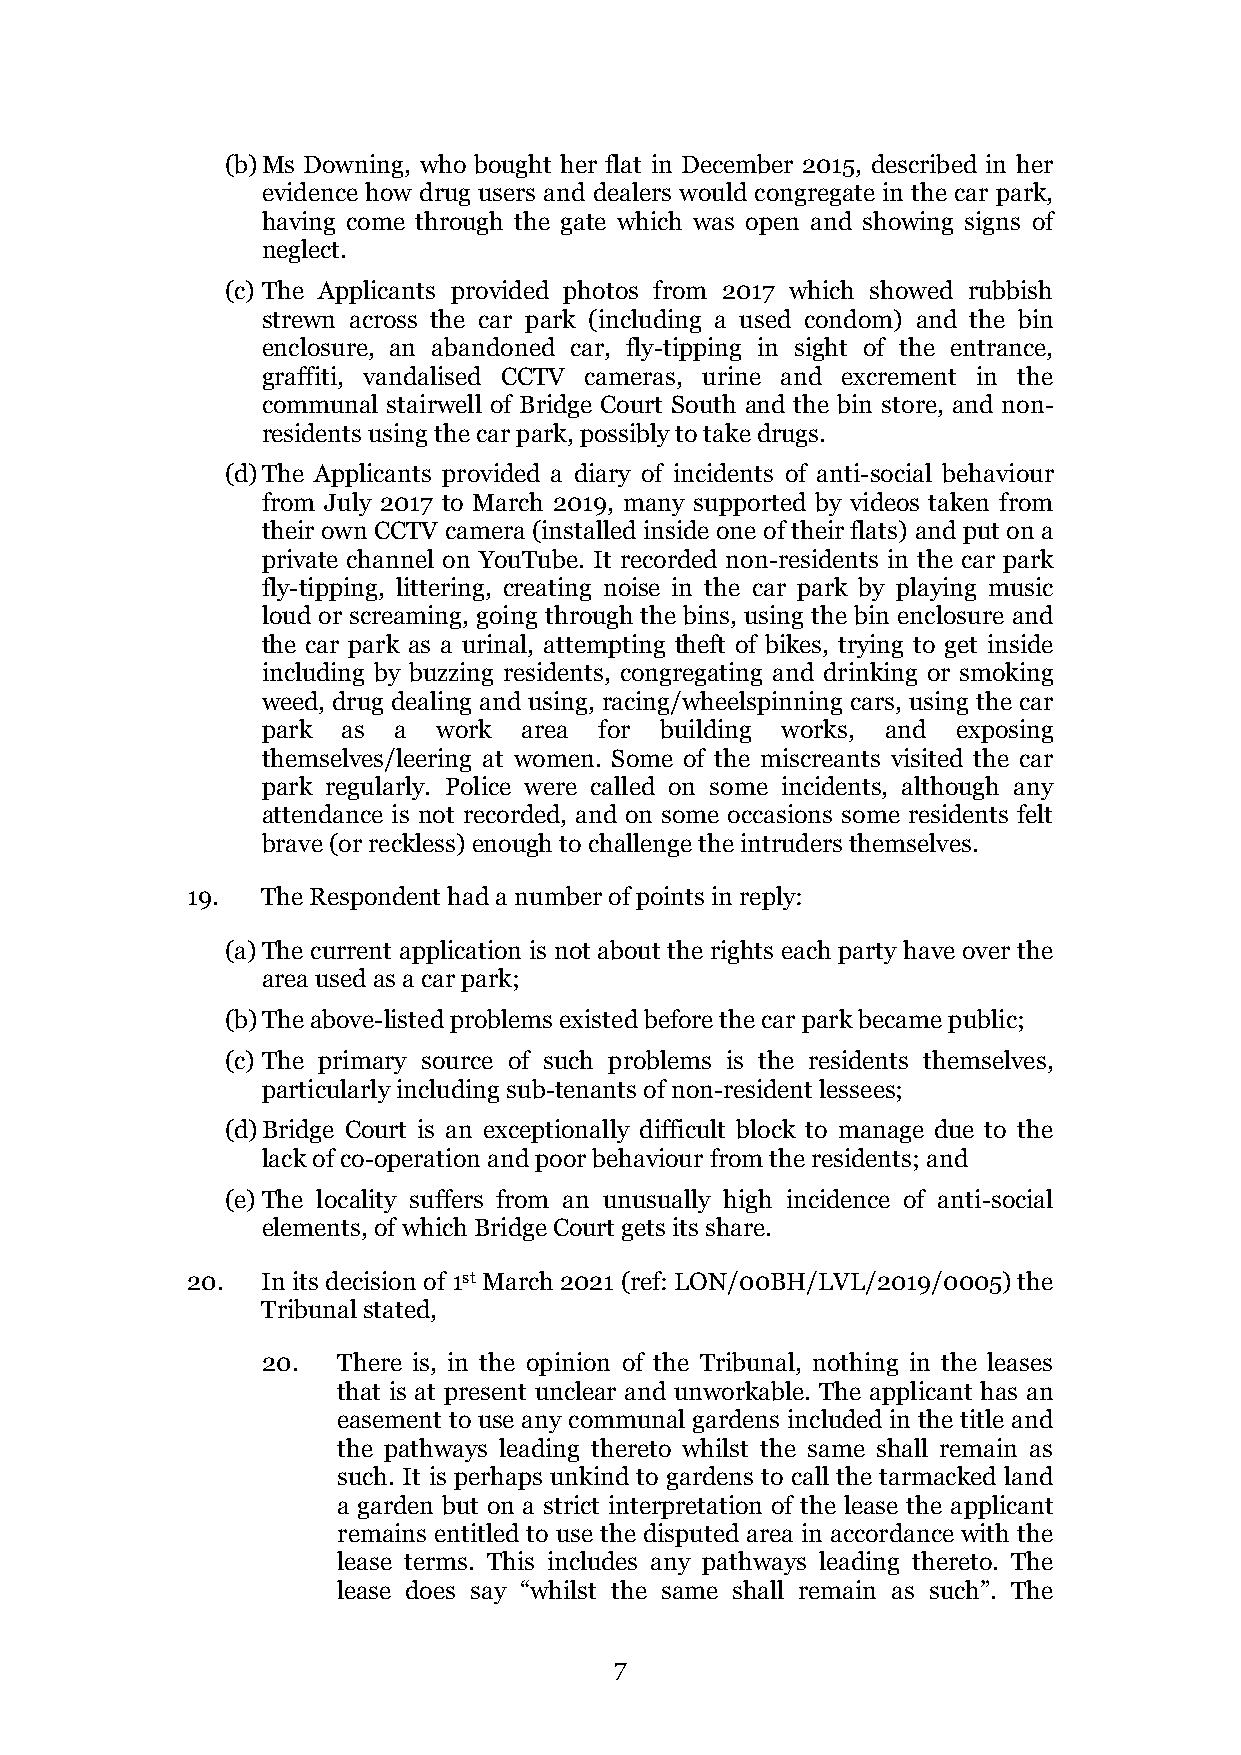
(b) Ms Downing, who bought her flat in December 2015, described in her
 evidence how drug users and dealers would congregate in the car park,
 having come through the gate which was open and showing signs of
 neglect.
 (c) The Applicants provided photos from 2017 which showed rubbish
 strewn across the car park (including a used condom) and the bin
 enclosure, an abandoned car, fly-tipping in sight of the entrance,
 graffiti, vandalised CCTV cameras, urine and excrement in the
 communal stairwell of Bridge Court South and the bin store, and non-
 residents using the car park, possibly to take drugs.
 (d) The Applicants provided a diary of incidents of anti-social behaviour
 from July 2017 to March 2019, many supported by videos taken from
 their own CCTV camera (installed inside one of their flats) and put on a
 private channel on YouTube. It recorded non-residents in the car park
 fly-tipping, littering, creating noise in the car park by playing music
 loud or screaming, going through the bins, using the bin enclosure and
 the car park as a urinal, attempting theft of bikes, trying to get inside
 including by buzzing residents, congregating and drinking or smoking
 weed, drug dealing and using, racing/wheelspinning cars, using the car
 park  as a  work  area for building works, and exposing
 themselves/leering at women. Some of the miscreants visited the car
 park regularly. Police were called on some incidents, although any
 attendance is not recorded, and on some occasions some residents felt
 brave (or reckless) enough to challenge the intruders themselves.
 19.  The Respondent had a number of points in reply:
 (a) The current application is not about the rights each party have over the
 area used as a car park;
 (b) The above-listed problems existed before the car park became public;
 (c) The primary source of such problems is the residents themselves,
 particularly including sub-tenants of non-resident lessees;
 (d) Bridge Court is an exceptionally difficult block to manage due to the
 lack of co-operation and poor behaviour from the residents; and
 (e) The locality suffers from an unusually high incidence of anti-social
 elements, of which Bridge Court gets its share.
 20.  In its decision of 1st March 2021 (ref: LON/00BH/LVL/2019/0005) the
 Tribunal stated,
 20.  There is, in the opinion of the Tribunal, nothing in the leases
 that is at present unclear and unworkable. The applicant has an
 easement to use any communal gardens included in the title and
 the pathways leading thereto whilst the same shall remain as
 such. It is perhaps unkind to gardens to call the tarmacked land
 a garden but on a strict interpretation of the lease the applicant
 remains entitled to use the disputed area in accordance with the
 lease terms. This includes any pathways leading thereto. The
 lease does say “whilst the same shall remain as such”. The
 7